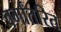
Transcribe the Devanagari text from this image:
वर्गांतरित